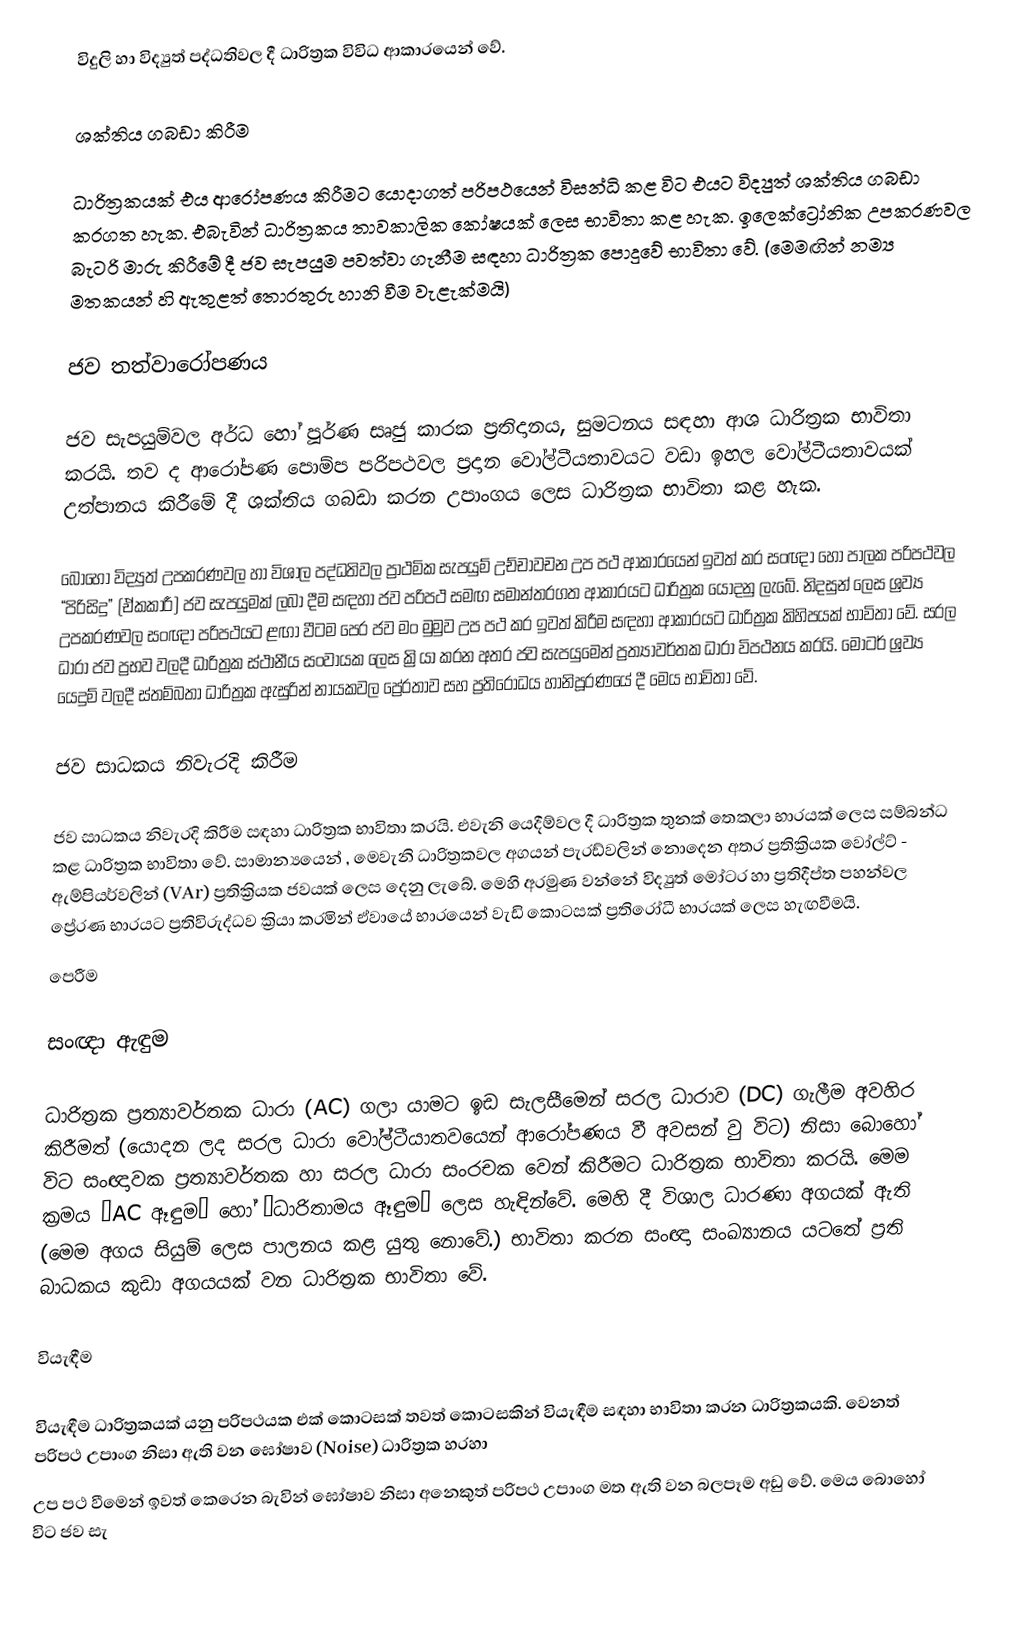
විදුලි හා විද්‍යුත් පද්ධතිවල දී ධාරිත්‍රක විවිධ ආකාරයෙන් වේ.

ශක්තිය ගබඩා කිරීම

ධාරිත්‍රකයක් එය ආරෝපණය කිරීමට යොදාගත් පරිපථයෙන් විසන්ධි කළ විට එයට විද්‍යුත් ශක්තිය ගබඩා කරගත හැක. එබැවින් ධාරිත්‍රකය තාවකාලික කෝෂයක් ලෙස භාවිතා කළ හැක. ඉලෙක්ට්‍රෝනික උපකරණවල බැටරි මාරු කිරීමේ දී ජව සැපයුම පවත්වා ගැනීම සඳහා ධාරිත්‍රක පොදුවේ භාවිතා‍ වේ. (මෙමඟින් නම්‍ය මතකයන් හි ඇතුළත් තොරතුරු හානි වීම වැළැක්මයි)

ජව තත්වාරෝපණය

ජව සැපයුම්වල අර්ධ හෝ පූර්ණ සෘජු කාරක ප්‍රතිදානය, සුමටනය සඳහා ආශ  ධාරිත්‍රක භාවිතා කරයි. තව ද ආරෝපණ පොම්ප පරිපථවල ප්‍රදාන වෝල්ටීයතාවයට වඩා ඉහල වෝල්ටීයතාවයක් උත්පානය කිරීමේ දී ශක්තිය ගබඩා කරන උපාංගය ලෙස ධාරිත්‍රක භාවිතා කළ හැක.

බොහෝ විද්‍යුත් උපකරණවල හා විශාල පද්ධතිවල ප්‍රාථමික සැපයුම් උච්චාවචන උප පථ ආකාරයෙන් ඉවත් කර සංඥා හෝ ‍පාලක පරිපථවල “පිරිසිදු” (ඒකකාරී) ජව සැපයුමක් ලබා දීම සඳහා ජව පරිපථ සමඟ සමාන්තරගත ආකාරයට ධාරිත්‍රක යොදනු ලැබේ. නිදසුන් ලෙස ශ්‍රව්‍ය උපකරණවල සංඥා පරිපථයට ළඟා වීටම පෙර ‍ජව මං මුමුව උප පථ කර ඉවත් කිරීම සඳහා ආකාරයට ධාරිත්‍රක කිහිපයක් භාවිතා වේ. සරල ධාරා ජව ප්‍රභව වලදී ධාරිත්‍රක ස්ථානීය සංවායක ලෙස ක්‍රියා කරන අතර ජව සැපයුමෙන් ප්‍රත්‍යාවර්තක ධාරා විපථනය කරයි. මෝටර් ශ්‍රව්‍ය යෙදුම් වලදී ස්තම්බතා ධාරිත්‍රක ඇසුරින් නායකවල ප්‍රේරතාව සහ ප්‍රතිරෝධය හානිපූරණයේ දී මෙය භාවිතා වේ.

ජව සාධකය නිවැරදි කිරීම

ජව සාධකය නිවැරදි කිරීම සඳහා ධාරිත්‍රක භාවිතා කරයි. එවැනි යෙදීම්වල දී ධාරිත්‍රක තුනක් තෙකලා භාරයක් ලෙස සම්බන්ධ කළ ධාරිත්‍රක භාවිතා‍ වේ. සාමාන්‍යයෙන් , මෙවැනි ධාරිත්‍රකවල අගයන් පැරඩ්වලින් නොදෙන අතර ප්‍රතික්‍රියක වෝල්ට් - ඇම්පියර්වලින් (VAr) ප්‍රතික්‍රියක ජවයක් ලෙස දෙනු ලැබේ. මෙහි අරමුණ වන්නේ විද්‍යුත් මෝටර හා ප්‍රතිදීප්ත පහන්වල ප්‍රේරණ භාරයට ප්‍රතිවිරුද්ධව ක්‍රියා කරමින් ඒවායේ භාරයෙන් වැඩි කොටසක් ප්‍රතිරෝධී භාරයක් ලෙස හැඟවීමයි.
පෙරීම

සංඥා ඇඳුම

ධාරිත්‍රක ප්‍රත්‍යාවර්තක ධාරා (AC) ගලා යාමට ඉඩ සැලසීමෙන් සරල ධාරාව (DC)  ගැලීම අවහිර කිරීමත් (යොදන ලද සරල ධාරා වෝල්ටීයාතවයෙන් ආරෝපණය වී අවසන් වු විට)  නිසා බොහෝ විට සංඥාවක ප්‍රත්‍යාවර්තක හා සරල ධාරා සංරචක වෙන් කිරීමට ධාරිත්‍රක භාවිතා කරයි. මෙම ක්‍රමය “AC ඈඳුම” හෝ “ධාරිතාමය ඈඳුම” ලෙස හැඳින්වේ. මෙහි දී විශාල ධාරණා අගයක් ඇති (මෙම අගය සියුම් ලෙස පාලනය කළ යුතු නොවේ.) භාවිතා කරන සංඥා සංඛ්‍යානය ය‍ටතේ ප්‍රති බාධකය කුඩා අගයයක් වන ධාරිත්‍රක භාවිතා වේ.

වියැඳීම

වියැඳීම ධාරිත්‍රකයක් යනු පරිපථයක එක් කොටසක් තවත් කොටසකින් වියැඳීම සඳහා භාවිතා කරන ධාරිත්‍රකයකි. වෙනත් පරිපථ උපාංග නිසා ඇති වන ඝෝෂාව (Noise) ධාරිත්‍රක හරහා
උප පථ වීමෙන් ඉවත් කෙරෙන බැවින් ඝෝෂාව නිසා අනෙකුත් පරිපථ උපාංග මත ඇති වන බලපෑම අඩු වේ. මෙය බොහෝ විට ජව සැ